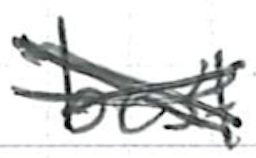
Text: best
Cross-out: cross
Writing tool: ballpoint